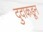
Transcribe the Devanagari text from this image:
दुदाकडून